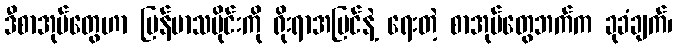
ဒီစာအုပ်တွေဟာ မြန်မာသမိုင်းကို ရိုးရာအမြင်နဲ့ ရေးတဲ့ စာအုပ်တွေဘက်က ခုခံချက်၊